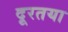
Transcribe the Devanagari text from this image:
दूरतया